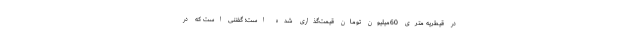
در قیطریه متری 60میلیون تومان قیمت‌گذاری شده است؛ گفتنی است که در